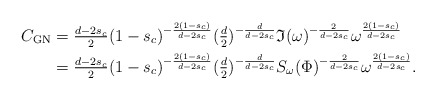
\begin{align*}C_{\mathrm{GN}}={}& \tfrac{d-2s_c}2 (1-s_c)^{-\frac{2(1-s_c)}{d-2s_c}} (\tfrac{d}2)^{-\frac{d}{d-2s_c}}\mathfrak{I}(\omega)^{-\frac{2}{d-2s_c}}\omega^{\frac{2(1-s_c)}{d-2s_c}} \\={}& \tfrac{d-2s_c}2 (1-s_c)^{-\frac{2(1-s_c)}{d-2s_c}} (\tfrac{d}2)^{-\frac{d}{d-2s_c}}S_\omega(\Phi)^{-\frac{2}{d-2s_c}} \omega^{\frac{2(1-s_c)}{d-2s_c}}.\end{align*}